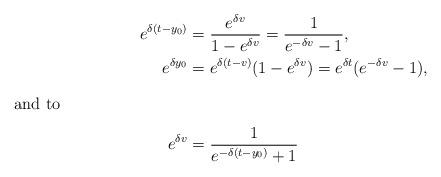
LaTeX: \begin{align*} e^{\delta (t-y_0)} &= \frac{e^{\delta v}}{1-e^{\delta v}} = \frac{1}{e^{-\delta v}-1},\\ e^{\delta y_0} &= e^{\delta (t-v)} (1-e^{\delta v}) = e^{\delta t}(e^{-\delta v} - 1),\\ \intertext{and to} e^{\delta v} &= \frac{1}{e^{-\delta (t-y_0)} + 1}\end{align*}